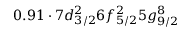
0 . 9 1 \cdot 7 d _ { 3 / 2 } ^ { 2 } 6 f _ { 5 / 2 } ^ { 2 } 5 g _ { 9 / 2 } ^ { 8 }